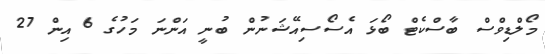
މޯލްޑިވްސް ބާސްކެޓް ބޯޅަ އެސޯސިއޭޝަނުން ބުނީ އަންނަ މަހުގެ 6 އިން 27